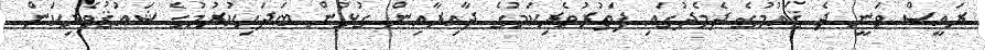
ރައީސް ވަނީ ދެ ޤައުމުގެ ދެމެދުގައި ފަތުރުވެރިކަމުގެ ދާއިރާއިން ގުޅުން ބަދަހިކުރުމުގެ ޝައުޤުވެރިކަން